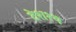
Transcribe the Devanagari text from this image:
देशश्थ